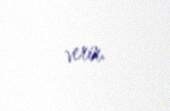
verir.